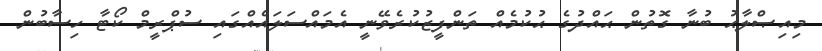
މިއިޞްލާޙު ބުނާ ގޮތުން ޙައްދުގެ ޙުކުމެއް ތަންފީޒުކުރެވޭނީ އެމައްސަލައެއްގައި ސުޕްރީމް ކޯޓާ ހިސާބުން